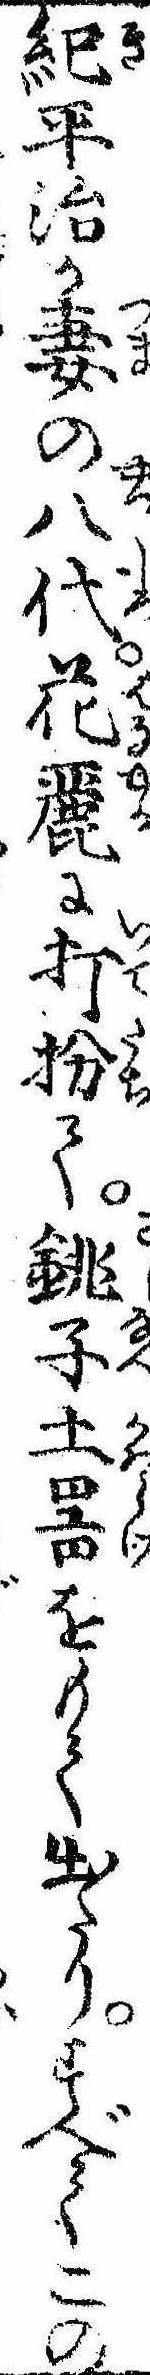
紀平治か妻の八代花麗に打扮て銚子土器をもて出たりすべてこの